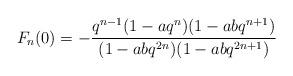
LaTeX: \begin{align*}F_n(0)=-{q^{n-1} (1-aq^n)(1-abq^{n+1}) \over (1-abq^{2n})(1-abq^{2n+1})}\end{align*}